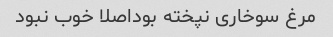
مرغ سوخاری نپخته بوداصلا خوب نبود